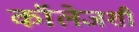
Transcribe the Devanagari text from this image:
कॉलेजशी